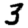
Digit: 3